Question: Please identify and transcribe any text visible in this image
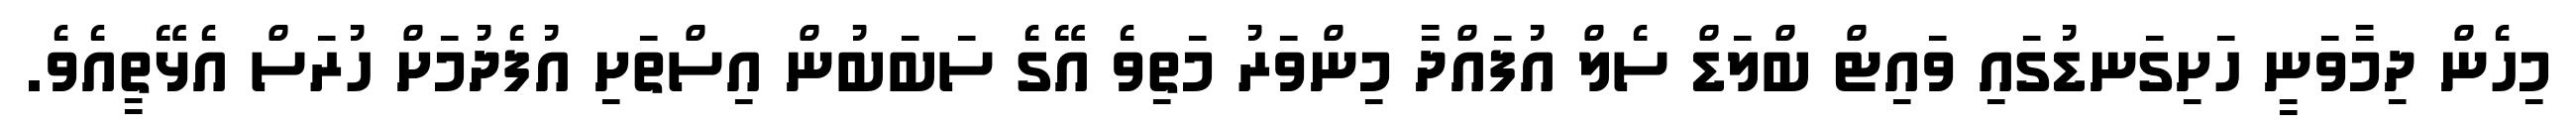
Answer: މިހެން ދިމާވަނީ ހަށިގަނޑުގައި ވައިޓް ބްލަޑް ސެލް އުފައްދާ މިންވަރު މަތިވެ އޭގެ ސަބަބުން އިސްތަށި އުފެދުމަށް ހުރަސް އެޅޭތީއެވެ.